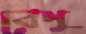
বেণু